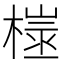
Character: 𪳢